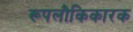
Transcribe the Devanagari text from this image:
रूपलौकिकारक